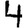
Digit: 4